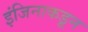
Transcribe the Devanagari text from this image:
इंजिनाकडून